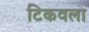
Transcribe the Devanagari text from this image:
टिकवला